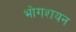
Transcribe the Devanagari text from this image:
भोगशयन